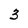
Character: 3